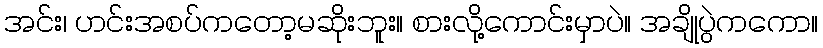
အင်း၊ ဟင်းအစပ်ကတော့မဆိုးဘူး။ စားလို့ကောင်းမှာပဲ။ အချိုပွဲကကော။